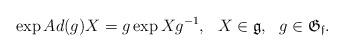
LaTeX: \begin{align*}\exp Ad(g)X = g\exp Xg^{-1},~~ X\in \mathfrak{g}, ~~g\in \mathfrak{G_f}.\end{align*}